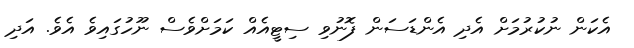
އެކަން ނުކުރުމަށް އެދި އެންޑަސަން ފޮނުވި ސިޓީއެއް ކަމަަށްވެސް ނޫހުގައިވެ އެވެ. އަދި